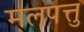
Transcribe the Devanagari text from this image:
मलपत्तु